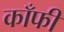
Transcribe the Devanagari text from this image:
काँफी